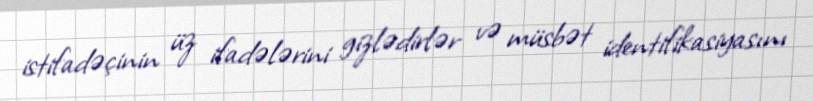
istifadəçinin üz ifadələrini gizlədirlər və müsbət identifikasiyasını